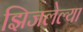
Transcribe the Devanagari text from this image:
झिजलेल्या